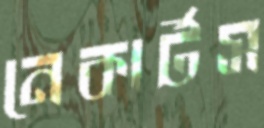
নেকার্টস